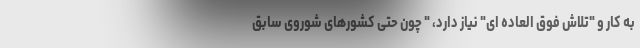
به کار و "تلاش فوق العاده ای" نیاز دارد، " چون حتی کشورهای شوروی سابق